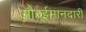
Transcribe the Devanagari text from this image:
औरईमानदारी